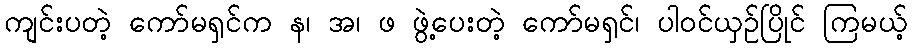
ကျင်းပတဲ့ ကော်မရှင်က န၊ အ၊ ဖ ဖွဲ့ပေးတဲ့ ကော်မရှင်၊ ပါဝင်ယှဉ်ပြိုင် ကြမယ့်